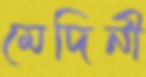
মেদিনী